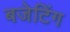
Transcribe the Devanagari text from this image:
बजेटिंग